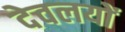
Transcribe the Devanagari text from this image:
देवलयों